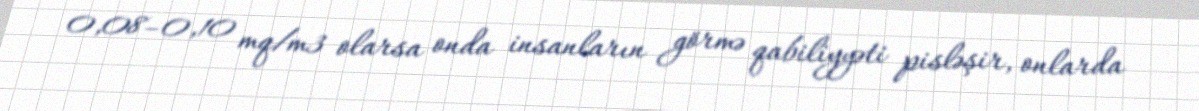
0,08–0,10 mq/m3 olarsa onda insanların görmə qabiliyyəti pisləşir, onlarda